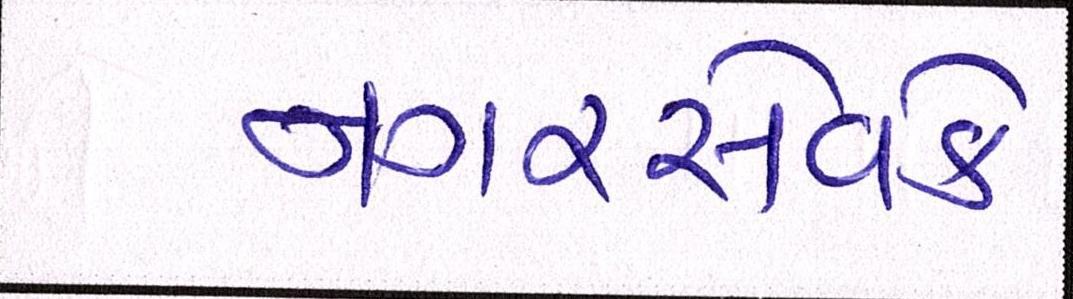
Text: નગરસેવકે